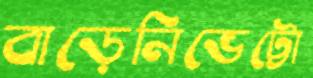
বাড়েনিভেট্টো